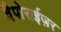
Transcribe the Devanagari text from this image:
वैपोराईज़र